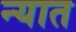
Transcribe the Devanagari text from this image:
न्यात